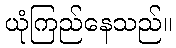
ယုံကြည်နေသည်။